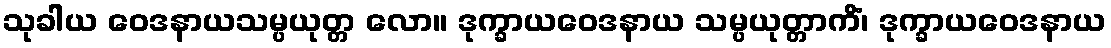
သုခါယ ဝေဒနာယသမ္ပယုတ္တ လော။ ဒုက္ခာယဝေဒနာယ သမ္ပယုတ္တာကိံ၊ ဒုက္ခာယဝေဒနာယ